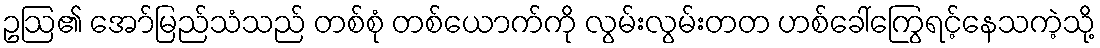
ဥဩ၏ အော်မြည်သံသည် တစ်စုံ တစ်ယောက်ကို လွမ်းလွမ်းတတ ဟစ်ခေါ်ကြွေရင့်နေသကဲ့သို့